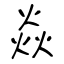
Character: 焱